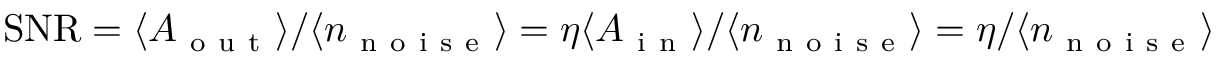
\mathrm { S N R } = \langle A _ { \mathrm { ~ o ~ u ~ t ~ } } \rangle / \langle n _ { \mathrm { ~ n ~ o ~ i ~ s ~ e ~ } } \rangle = \eta \langle A _ { \mathrm { ~ i ~ n ~ } } \rangle / \langle n _ { \mathrm { ~ n ~ o ~ i ~ s ~ e ~ } } \rangle = \eta / \langle n _ { \mathrm { ~ n ~ o ~ i ~ s ~ e ~ } } \rangle